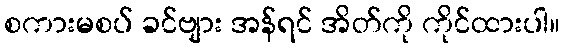
စကားမစပ် ခင်ဗျား အန်ရင် အိတ်ကို ကိုင်ထားပါ။